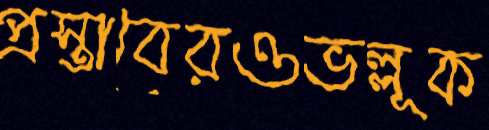
প্রস্তাবেরওভল্লূক